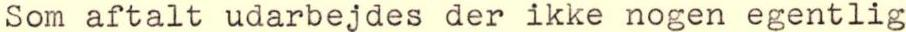
Som aftalt udarbejdes der ikke nogen egentlig